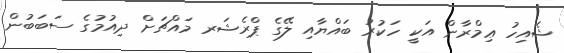
ޝެއިހު ޢިމްރާން އަކީ ހަކުރު ބައްޔާއި ލޭގެ ޕްރެޝަރ މައްޗަށް ދިއުމުގެ ސަބަބުން